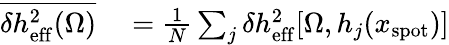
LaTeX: \begin{array}{rl}{\overline{{\delta h_{\mathrm{eff}}^{2}(\Omega)}}}&{{}=\frac{1}{N}\sum_{j}\delta h_{\mathrm{eff}}^{2}[\Omega,h_{j}(x_{\mathrm{spot}})]}\end{array}